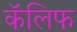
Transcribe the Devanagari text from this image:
कॅलिफ